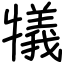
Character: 犠